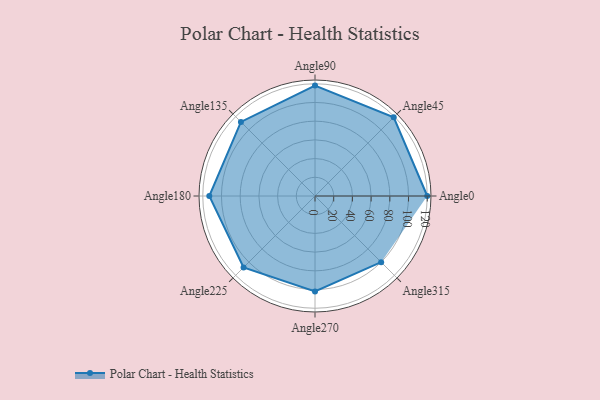
{"axis": {"x": "Angle", "y": "Radius"}, "legend": [""], "data": [{"x": "Angle0", "y": 120.0, "type": ""}, {"x": "Angle45", "y": 119.0, "type": ""}, {"x": "Angle90", "y": 118.0, "type": ""}, {"x": "Angle135", "y": 112.0, "type": ""}, {"x": "Angle180", "y": 113.0, "type": ""}, {"x": "Angle225", "y": 108.0, "type": ""}, {"x": "Angle270", "y": 102.0, "type": ""}, {"x": "Angle315", "y": 100.0, "type": ""}]}